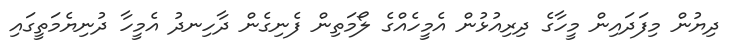
ދިޔުން މިފަދައިން މީހާގެ ދިރިއުޅުން އެމީހެއްގެ ލޯމަތިން ފެނިގެން ދާހިނދު އެމީހާ ދުނިޔެމަތީގައި